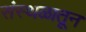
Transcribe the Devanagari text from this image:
संस्थळातून